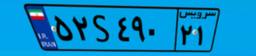
۵۲S۴۹۰۲۱